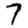
Digit: 7